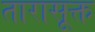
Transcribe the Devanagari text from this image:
तारासूक्त